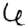
Digit: 6